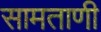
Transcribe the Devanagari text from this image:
सामताणी